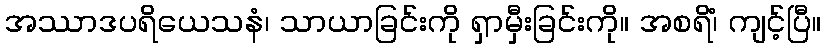
အဿာဒပရိယေသနံ၊ သာယာခြင်းကို ရှာမှီးခြင်းကို။ အစရိံ၊ ကျင့်ပြီ။